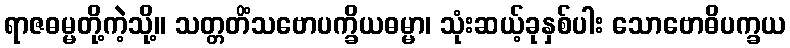
ရာဇဓမ္မတို့ကဲ့သို့။ သတ္တတိံသဗောပက္ခိယဓမ္မာ၊ သုံးဆယ့်ခုနှစ်ပါး သောဗောဓိပက္ခယ